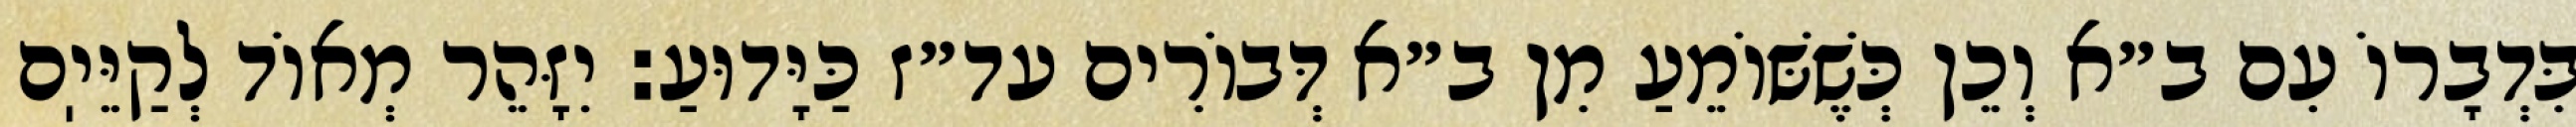
בִּדְבָרוֹ עִם ב״א וְכֵן כְּשֶׁשּׁוֹמֵעַ מִן ב״א דְּבוֹרִים עד״ז כַּיָּדוּעַ: יִזָּהֵר מְאוֹד לְקַיֵּיֽם